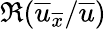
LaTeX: \Re(\overline{{u}}_{\overline{{x}}}/\overline{{u}})